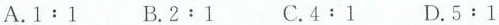
A.$$1:1$$ B.$$2:1$$ C.$$4:1$$ D.$$5:1$$